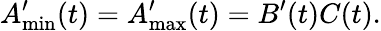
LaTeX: A_{\operatorname*{min}}^{\prime}(t)=A_{\operatorname*{max}}^{\prime}(t)=B^{\prime}(t)C(t).